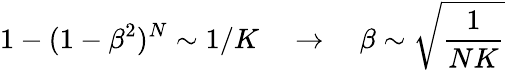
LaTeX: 1-(1-\beta^{2})^{N}\sim 1/K\quad\rightarrow\quad\beta\sim\sqrt{\frac{1}{NK}}